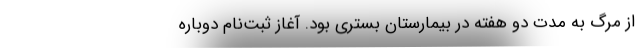
از مرگ به مدت دو هفته در بیمارستان بستری بود. آغاز ثبت‌نام دوباره